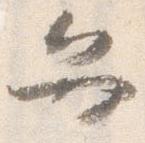
弁